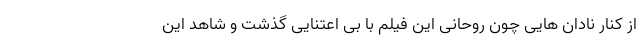
از کنار نادان هایی چون روحانی این فیلم با بی اعتنایی گذشت و شاهد این